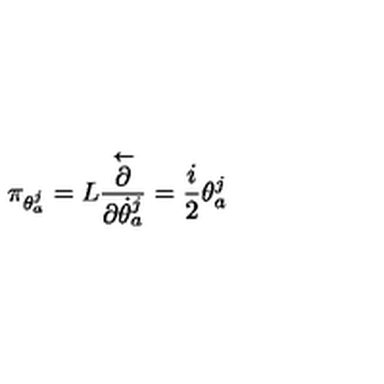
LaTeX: \pi _ { \theta _ { a } ^ { j } } = L \frac { \stackrel { \leftarrow } { \partial } } { \partial \dot { \theta } _ { a } ^ { j } } = \frac { i } { 2 } \theta _ { a } ^ { j }